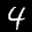
Label: 4